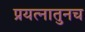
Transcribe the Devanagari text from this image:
प्रयत्नातुनच